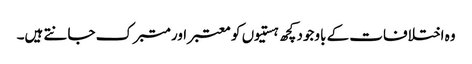
وہ اختلافات کے باوجود کچھ ہستیوں کو معتبر اور متبرک جانتے ہیں۔